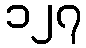
၁၂၇